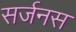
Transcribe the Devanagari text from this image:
सर्जनस